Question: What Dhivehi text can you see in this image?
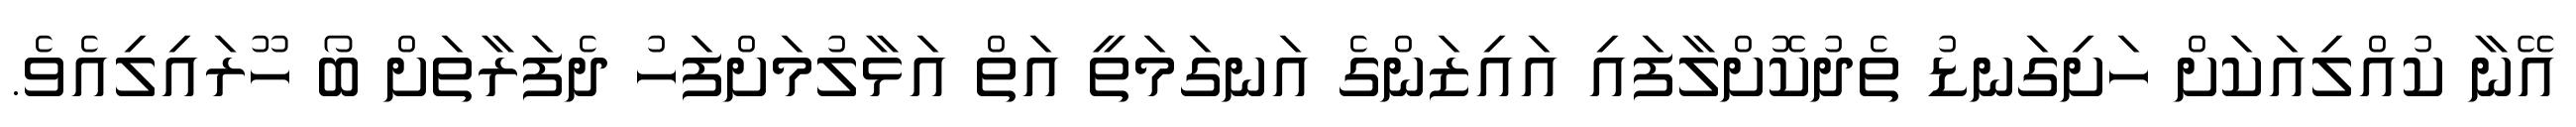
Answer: އޭނާ ކުއްލިއަކަށް ހަށިގަނޑު ތެދުކޮށްލާފައި އައިޒަންގެ އަނގަމަތީ އަތް އަޅާލުމަށްފަހު ދެފަރާތަށް ބޯ ހޫރައިލިއެވެ.